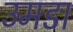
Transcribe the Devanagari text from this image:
उमडा